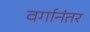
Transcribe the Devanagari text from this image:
वर्गानंतर